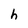
Character: h